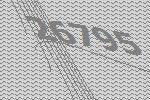
26795